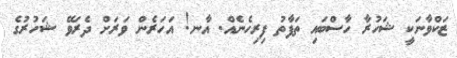
ޒަކްވާނަކީ ޝަހުރާ ހާސްބައި ތަފާތު ފިރިހެނެއް. އާނ! އަހަރެން ވަރަށް ދެރަވޭ ޝަހުރުގެ